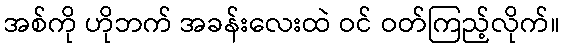
အစ်ကို ဟိုဘက် အခန်းလေးထဲ ဝင် ဝတ်ကြည့်လိုက်။